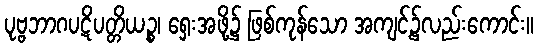
ပုဗ္ဗဘာဂပဋိပတ္တိယဉ္စ၊ ရှေးအဖို့၌ ဖြစ်ကုန်သော အကျင့်၌လည်းကောင်း။